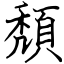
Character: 頽